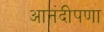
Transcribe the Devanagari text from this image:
आनंदीपणा